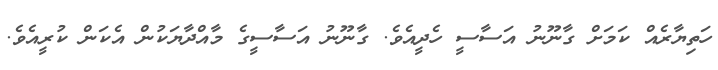
ހަތިޔާރެއް ކަމަށް ގާނޫނު އަސާސީ ހެދީއެވެ. ގާނޫނު އަސާސީގެ މާއްދާޔަކުން އެކަން ކުރީއެވެ.